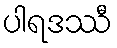
ပါရဒဿီ